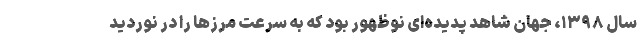
سال ۱۳۹۸، جهان شاهد پدیده‌ای نوظهور بود که به سرعت مرزها را در نوردید